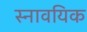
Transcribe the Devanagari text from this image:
स्नावयिक